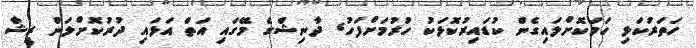
ހަތަރުކަޅި ހަމަކޮށްލައިގެން ކުޑައިރުކޮޅަކު ހުރުމަށްފަހު